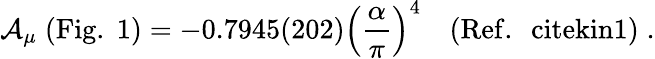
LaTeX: \mathcal{A}_{\mu}\; \mathrm{{(Fig.\; 1)}}=-0.7945(202)\left({\frac{{\alpha}}{{\pi}}}\right)^{4}\quad(\mathrm{{Ref.~\ cite{kin1}}})\; .